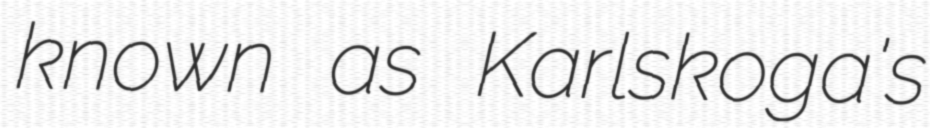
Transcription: known as Karlskoga's